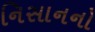
નિસાનનો